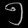
Digit: ၅